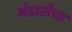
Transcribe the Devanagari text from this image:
मंडालेचा